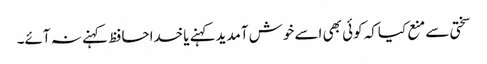
سختی سے منع کیاکہ کوئی بھی اسے خوش آمدیدکہنے یاخداحافظ کہنے نہ آئے۔